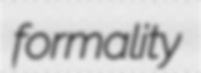
formality